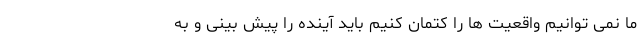
ما نمی توانیم واقعیت ها را کتمان کنیم باید آینده را پیش بینی و به